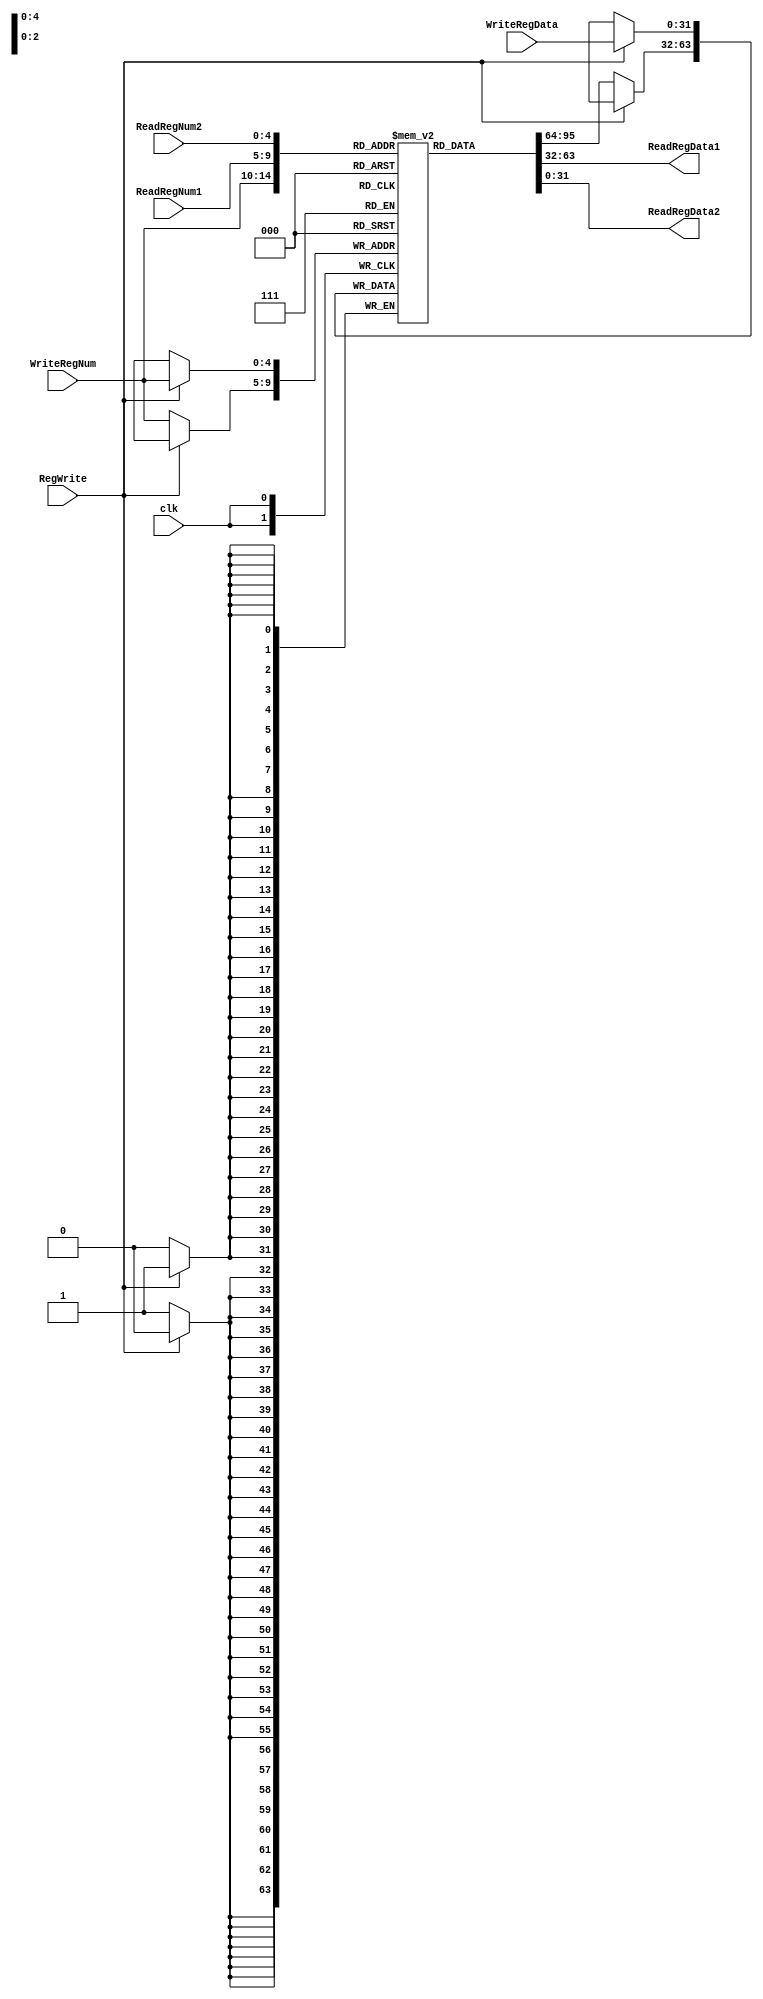

module RegisterFile(
    input clk,
    input [4:0] ReadRegNum1,
    input [4:0] ReadRegNum2,
    input [4:0] WriteRegNum,
    input [31:0] WriteRegData,
    input RegWrite,
    output reg [31:0] ReadRegData1,
    output reg [31:0] ReadRegData2
    );
    
    reg [31:0]  regs [31:0];
    
    /*initialize memory*/
    integer i;
    initial begin
        for (i = 0; i < 32; i = i + 1) begin
            regs[i] = 32'h0000_0000;
        end
		  regs[8] = 32'h0000_0001;
		  regs[9] = 32'h0000_ffff;
        regs[11] = 32'h0000_0007;
        regs[12] = 32'h0000_0002;
		  regs[16] = 32'h0000_0003;
		  regs[17] = 32'h0000_0007;

    end
    
    always @ (posedge clk) begin
        if (RegWrite) begin
          regs[WriteRegNum] <= WriteRegData;
        end
        else begin
          regs[WriteRegNum] <= regs[WriteRegNum];
        end  
    end
  always@(*)begin
	 ReadRegData1 = regs[ReadRegNum1];
    ReadRegData2 = regs[ReadRegNum2];
  end
endmodule